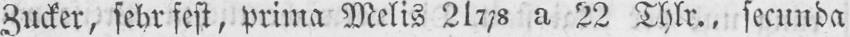
Zucker, sehr fest, prima Melis 217/8 a 22 Thlr., secunda